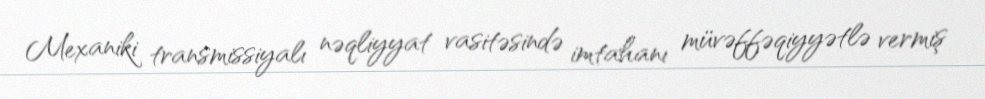
Mexaniki transmissiyalı nəqliyyat vasitəsində imtahanı müvəffəqiyyətlə vermiş